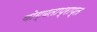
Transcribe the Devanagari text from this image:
योग्यताप्राप्त